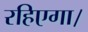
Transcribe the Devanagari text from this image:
रहिएगा।